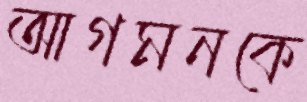
আগমনকে